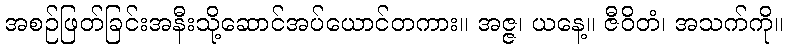
အစဉ်ဖြတ်ခြင်းအနီးသို့ဆောင်အပ်ယောင်တကား။ အဇ္ဇ၊ ယနေ့။ ဇီဝိတံ၊ အသက်ကို။